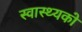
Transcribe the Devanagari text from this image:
स्वास्थ्यको